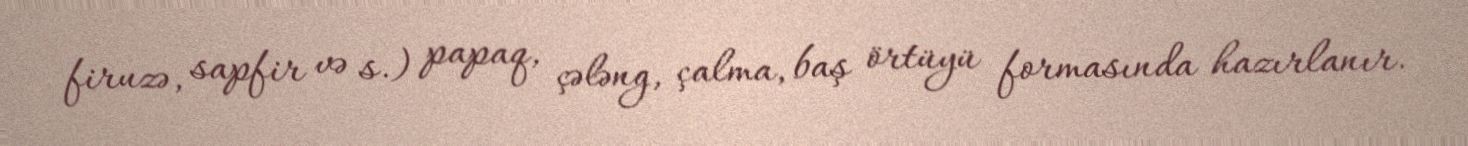
firuzə, sapfir və s.) papaq, çələng, çalma, baş örtüyü formasında hazırlanır.